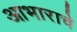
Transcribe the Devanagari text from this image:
आभाराचे